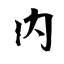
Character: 内